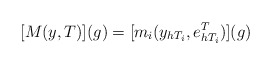
\begin{align*} [M(y,T)](g) = [m_i(y_{h T_i},e^T_{h T_i})](g) \end{align*}